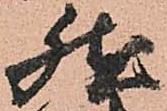
然